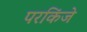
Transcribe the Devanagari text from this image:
परकिंजे